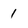
Character: 1